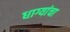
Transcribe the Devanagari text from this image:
धाग्यांचा